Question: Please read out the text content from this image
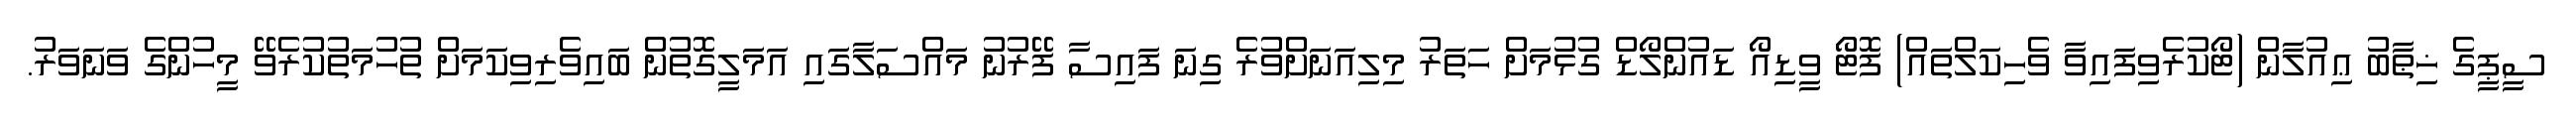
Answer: ސީޕީގެ ޚިޠާބު ޢިއުލާން (ޓޯކުރެވިފައިވާ ވެހިކަލްތައް) ފޮޓޯ ވީޑިއޯ ޑައުންލޯޑް ގުޅުމަށް ހަތަރު މިލިއަނަށްވުރެ ގިނަ ފައިސާ ފޭރުނު މައްސަލާގައި އަމަލީގޮތުން ބައިވެރިވިކަމަށް ތުހުމަތުކުރެވޭ މީހުންގެ ވަނަވަރު.